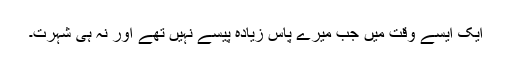
ایک ایسے وقت میں جب میرے پاس زیادہ پیسے نہیں تھے اور نہ ہی شہرت۔